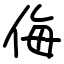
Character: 侮